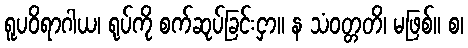
ရူပဝိရာဂါယ၊ ရုပ်ကို စက်ဆုပ်ခြင်းငှာ။ န သံဝတ္တတိ၊ မဖြစ်။ စ၊